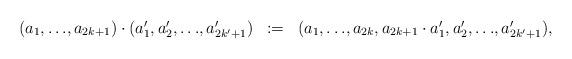
LaTeX: \begin{align*}\begin{array}{r c l}(a_1,{\dots},a_{2k+1}) \cdot (a'_1,a'_2,{\dots},a'_{2k'+1}) & := & (a_1,{\dots},a_{2k}, a_{2k+1} \cdot a'_1 ,a'_2,{\dots},a'_{2k'+1}),\end{array}\end{align*}